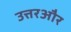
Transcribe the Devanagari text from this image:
उत्तरऔर